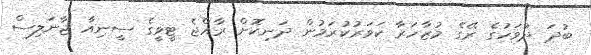
ބުދަ ދުވަހުގެ ރޭގެ މުޒާހަރާ ކަވަރުކުރަމުން ދަނިކޮށް ރާއްޖެ ޓީވީގެ ސީނިއާ ޖާނަލިސް